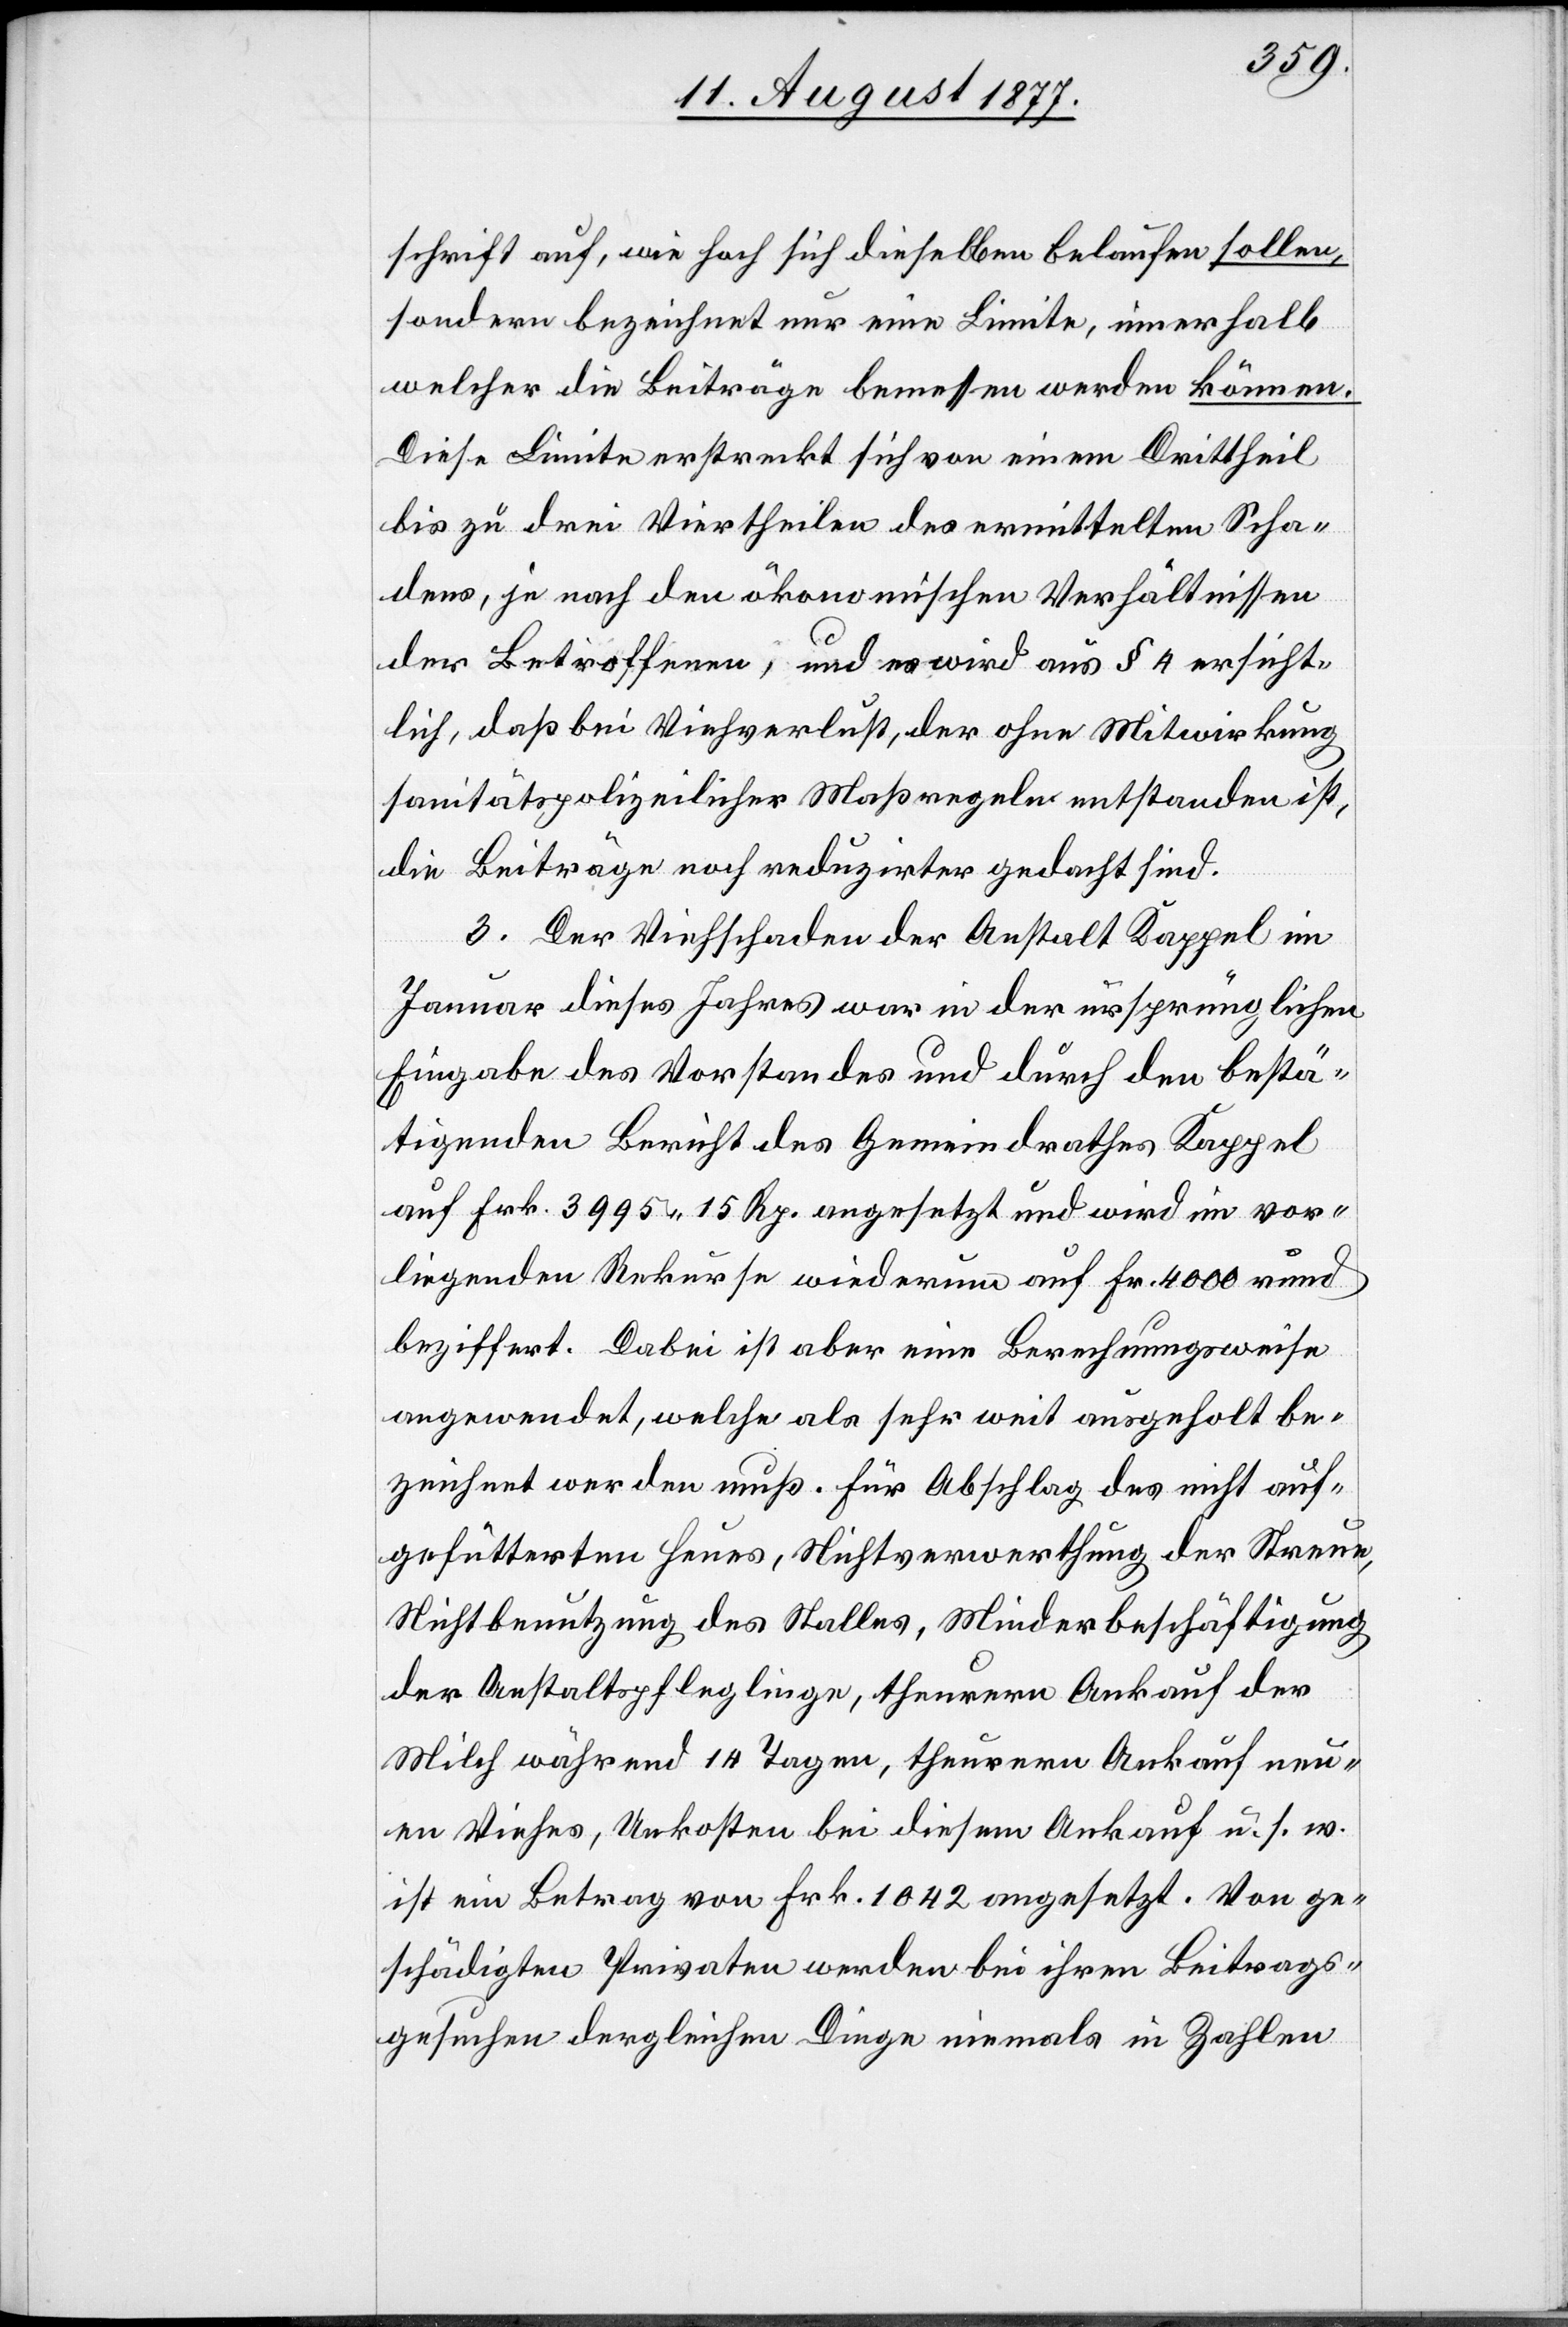
schrift auf, wie hoch sich dieselben belaufen sollen,
sondern bezeichnet nur eine Limite, innerhalb
welcher die Beiträge bemessen werden können.
Diese Limite erstreckt sich von einem Drittheil
bis zu drei Viertheilen des ermittelten Scha¬
dens, je nach den ökonomischen Verhältnissen
der Betroffenen, und es wird aus § 4 ersicht¬
lich, daß bei Viehverlust, der ohne Mitwirkung
sanitätspolizeilicher Maßregeln entstanden ist,
die Beiträge noch reduzirter gedacht sind.
3. Der Viehschaden der Anstalt Kappel im
Januar dieses Jahres war in der ursprünglichen
Eingabe des Vorstandes und durch den bestä¬
tigenden Bericht des Gemeindrathes Kappel
auf Frk. 3995 15 Rp. angesetzt und wird im vor¬
liegenden Rekurse wiederum auf Fr. 4000 rund
beziffert. Dabei ist aber eine Berechnungsweise
angewendet, welche als sehr weit ausgeholt be¬
zeichnet werden muß. Für Abschlag des nicht auf¬
gefütterten Heues, Nichtverwerthung der Streue,
Nichtbenutzung des Stalles, Minderbeschäftigung
der Anstaltspfleglinge, theurern Ankauf der
Milch während 14 Tagen, theurern Ankauf neu¬
en Viehes, Unkosten bei diesem Ankauf u. s. w.
ist ein Betrag von Frk. 1042 angesetzt. Von ge¬
schädigten Privaten werden bei ihren Beitrags¬
gesuchen dergleichen Dinge niemals in Zahlen